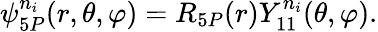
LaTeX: \psi_{5P}^{n_{i}}(r,\theta,\varphi)=R_{5P}(r)Y_{11}^{n_{i}}(\theta,\varphi).